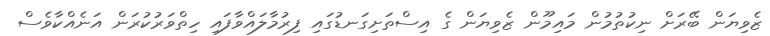
ޒެވިޔަން ބޭރަށް ނިކުތުމުން މައިމޫން ޒެވިޔަން ގެ އިސްތަށިގަނޑުގައި ފިރުމާލައްވާފައި ހިތްވަރުކުރަން އަނެއްކާވެސް